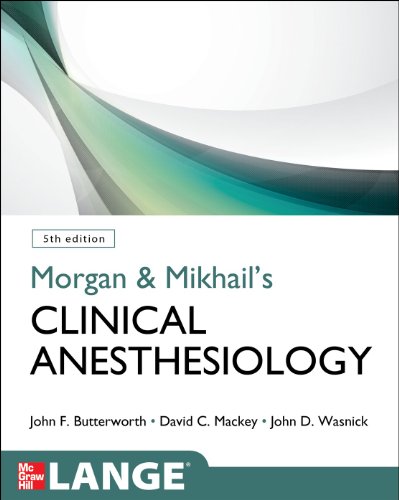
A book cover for Morgan and Mikhail's Clinical Anesthesiology, 5th edition; John Butterworth; Medical Books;